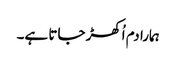
ہمارا دم اُکھڑ جاتا ہے۔